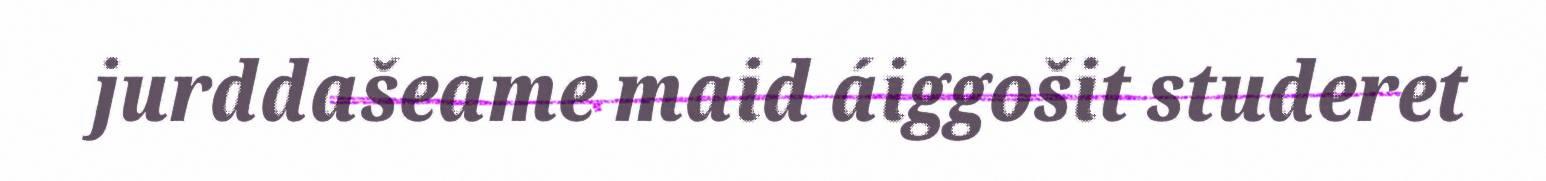
jurddašeame maid áiggošit studeret